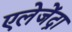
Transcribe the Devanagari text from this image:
एलेजेंद्रा